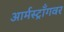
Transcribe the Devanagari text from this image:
आर्मस्ट्राँगवर